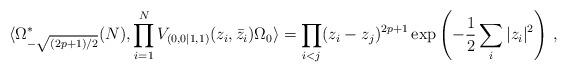
LaTeX: \begin{align*} \langle\Omega_{-\sqrt{(2p+1)/2}}^*(N),\prod_{i=1}^NV_{(0,0|1,1)}(z_i, \bar z_i)\Omega_0\rangle = \prod_{i<j}(z_i-z_j)^{2p+1}\exp\left(-\frac{1}{2}\sum_i|z_i|^2\right)\,,\end{align*}